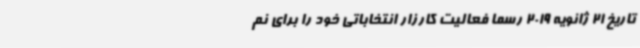
تاریخ 21 ژانویه 2019 رسماً فعالیت کارزار انتخاباتی خود را برای نم